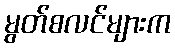
မွတ်စလင်များက